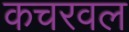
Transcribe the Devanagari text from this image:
कचरवल